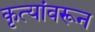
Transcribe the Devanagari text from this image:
कृत्यांवरून